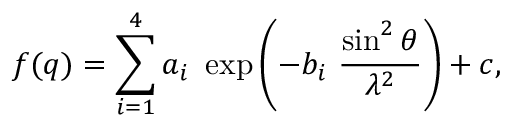
f ( q ) = \sum _ { i = 1 } ^ { 4 } a _ { i } \ \exp \left( - b _ { i } \ \frac { \sin ^ { 2 } \theta } { \lambda ^ { 2 } } \right) + c ,